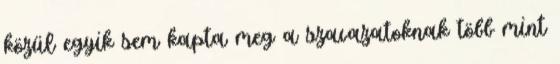
közül egyik sem kapta meg a szavazatoknak több mint